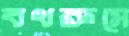
বথরুমে